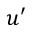
u ^ { \prime }